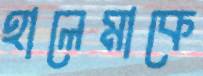
হালেমাকে